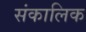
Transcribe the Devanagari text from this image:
संकालिक